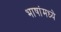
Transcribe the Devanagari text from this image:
भाषांमध्‍ये